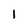
Character: 1